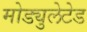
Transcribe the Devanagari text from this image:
मोड्युलेटेड